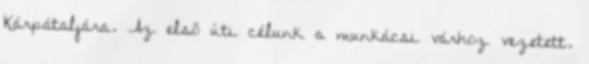
Kárpátaljára. Az első úti célunk a munkácsi várhoz vezetett.